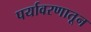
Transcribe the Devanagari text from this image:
पर्यावरणातून